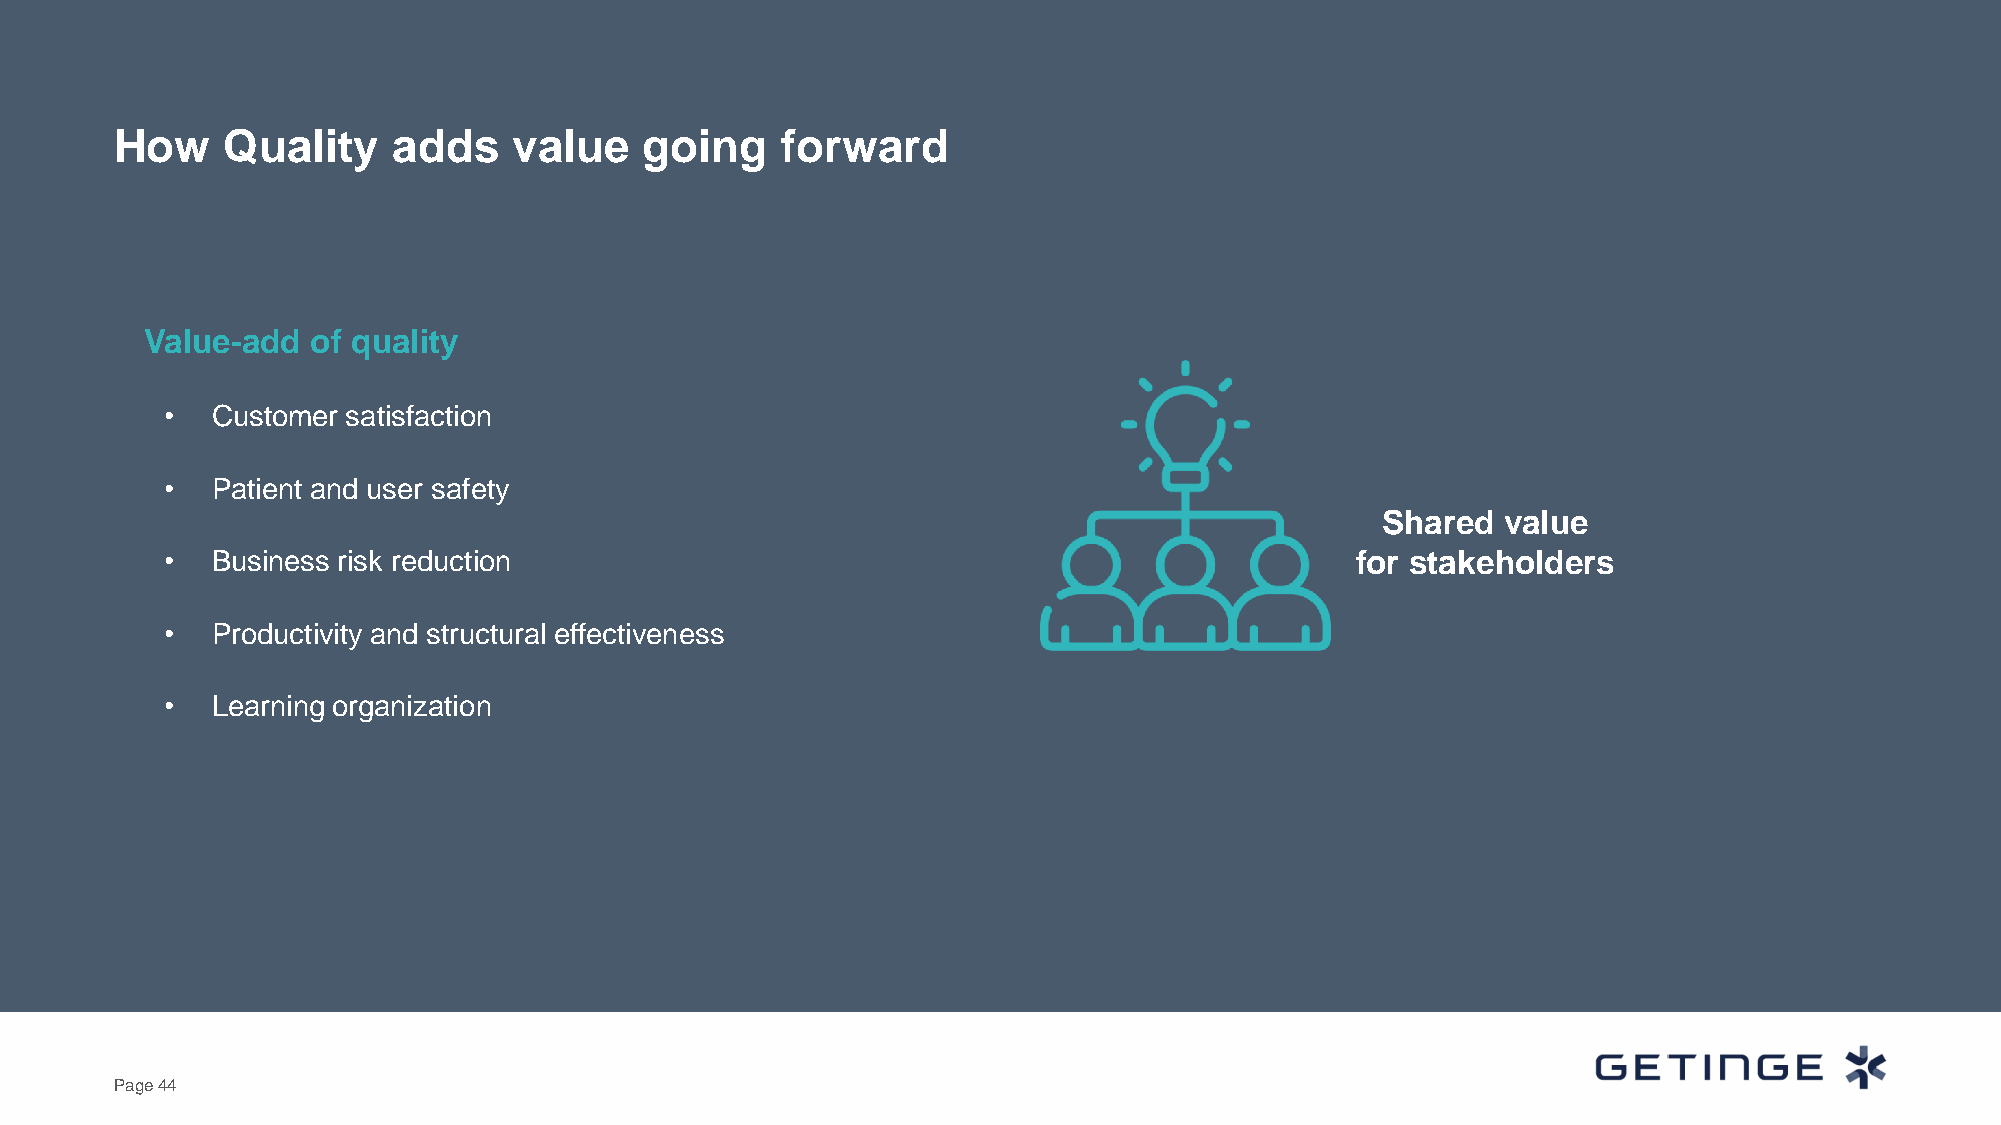
How    Quality    adds    value    going    forward
 Value-add  of quality
 •  Customer satisfaction
 •  Patient and user safety
 Shared   value
 •  Business risk reduction                                                     for stakeholders
 •  Productivity and structural effectiveness
 •  Learning organization
 Page 44